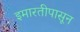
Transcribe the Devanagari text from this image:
इमारतीपासून